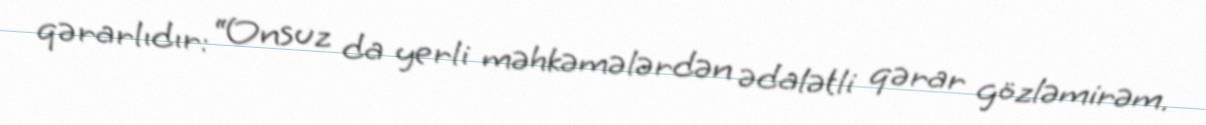
qərarlıdır: “Onsuz da yerli məhkəmələrdən ədalətli qərar gözləmirəm.